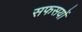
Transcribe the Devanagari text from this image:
सफसयों